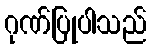
ဂုဏ်ပြုပါသည်